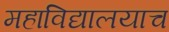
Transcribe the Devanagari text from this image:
महाविद्यालयाच